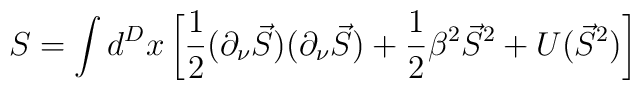
S = \int d^{D}x \left [ \frac12 (\partial _\nu \vec{S}) (\partial _\nu\vec{S}) + \frac12 \beta^2 \vec{S}^2 + U(\vec{S}^2) \right ]